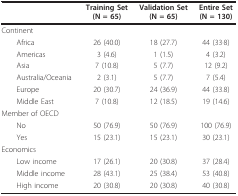
<table><thead><tr><td></td><td><b>Training Set(N = 65)</b></td><td><b>Validation Set(N = 65)</b></td><td><b>Entire Set(N = 130)</b></td></tr></thead><tbody><tr><td>Continent</td><td></td><td></td><td></td></tr><tr><td> Africa</td><td>26 (40.0)</td><td>18 (27.7)</td><td>44 (33·8)</td></tr><tr><td> Americas</td><td>3 (4.6)</td><td>1 (1.5)</td><td>4 (3.2)</td></tr><tr><td> Asia</td><td>7 (10.8)</td><td>5 (7.7)</td><td>12 (9.2)</td></tr><tr><td> Australia/Oceania</td><td>2 (3.1)</td><td>5 (7.7)</td><td>7 (5.4)</td></tr><tr><td> Europe</td><td>20 (30.7)</td><td>24 (36.9)</td><td>44 (33.8)</td></tr><tr><td> Middle East</td><td>7 (10.8)</td><td>12 (18.5)</td><td>19 (14.6)</td></tr><tr><td>Member of OECD</td><td></td><td></td><td></td></tr><tr><td> No</td><td>50 (76.9)</td><td>50 (76.9)</td><td>100 (76.9)</td></tr><tr><td> Yes</td><td>15 (23.1)</td><td>15 (23.1)</td><td>30 (23.1)</td></tr><tr><td>Economics</td><td></td><td></td><td></td></tr><tr><td> Low income</td><td>17 (26.1)</td><td>20 (30.8)</td><td>37 (28.4)</td></tr><tr><td> Middle income</td><td>28 (43.1)</td><td>25 (38.4)</td><td>53 (40.8)</td></tr><tr><td> High income</td><td>20 (30.8)</td><td>20 (30.8)</td><td>40 (30.8)</td></tr></tbody></table>